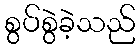
စွပ်စွဲခဲ့သည်